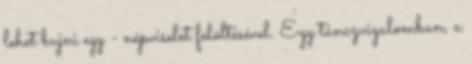
lehet bujni egy - népviselet felöltésével. Egy tánczvigalomban, a